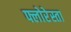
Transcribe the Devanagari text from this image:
फ्लोरेस्ता